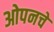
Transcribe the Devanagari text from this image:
ओपनचे